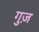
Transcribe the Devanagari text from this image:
गुज़